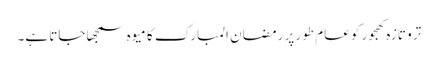
تر و تازہ کھجور کو عام طور پر رمضان المبارک کا میوہ سمجھا جاتا ہے۔